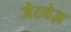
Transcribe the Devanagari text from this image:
जेटवेज़